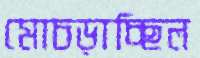
মোচড়াচ্ছিল